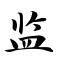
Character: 监